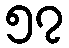
၅၇